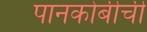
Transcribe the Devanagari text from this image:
पानकोबीची